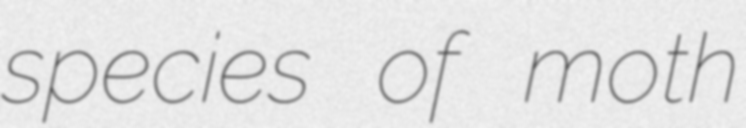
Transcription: species of moth